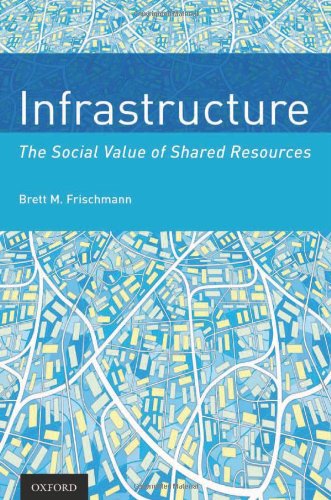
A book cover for Infrastructure: The Social Value of Shared Resources; Brett M. Frischmann; Business & Money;